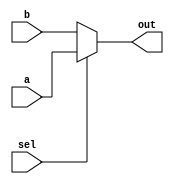
module top_mux (a,b,sel,out);
	input wire [31:0] a,b;
	input wire sel;
    output wire	[31:0] out;

    assign	out = sel ? a : b;
endmodule